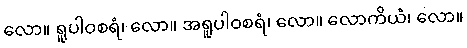
လော။ ရူပါဝစရံ၊ လော။ အရူပါဝစရံ၊ လော။ လောကိယံ၊ လော။